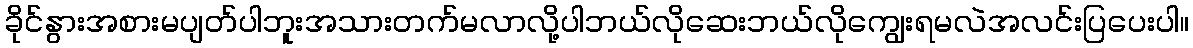
ခိုင်နွားအစားမပျတ်ပါဘူးအသားတက်မလာလို့ပါဘယ်လိုဆေးဘယ်လိုကျွေးရမလဲအလင်းပြပေးပါ။